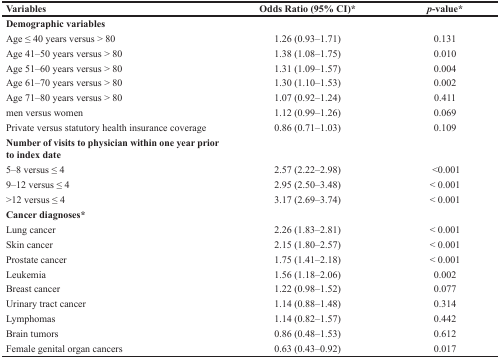
| Variables | Odds Ratio (95% CI)* | p-value* |
 | --- | --- | --- |
 | Demographic variables |  |  |
 | Age ≤ 40 years versus > 80 | 1.26 (0.93–1.71) | 0.131 |
 | Age 41–50 years versus > 80 | 1.38 (1.08–1.75) | 0.010 |
 | Age 51–60 years versus > 80 | 1.31 (1.09–1.57) | 0.004 |
 | Age 61–70 years versus > 80 | 1.30 (1.10–1.53) | 0.002 |
 | Age 71–80 years versus > 80 | 1.07 (0.92–1.24) | 0.411 |
 | men versus women | 1.12 (0.99–1.26) | 0.069 |
 | Private versus statutory health insurance coverage | 0.86 (0.71–1.03) | 0.109 |
 | Number of visits to physician within one year prior to index date |  |  |
 | 5–8 versus ≤ 4 | 2.57 (2.22–2.98) | <0.001 |
 | 9–12 versus ≤ 4 | 2.95 (2.50–3.48) | < 0.001 |
 | >12 versus ≤ 4 | 3.17 (2.69–3.74) | < 0.001 |
 | Cancer diagnoses* |  |  |
 | Lung cancer | 2.26 (1.83–2.81) | < 0.001 |
 | Skin cancer | 2.15 (1.80–2.57) | < 0.001 |
 | Prostate cancer | 1.75 (1.41–2.18) | < 0.001 |
 | Leukemia | 1.56 (1.18–2.06) | 0.002 |
 | Breast cancer | 1.22 (0.98–1.52) | 0.077 |
 | Urinary tract cancer | 1.14 (0.88–1.48) | 0.314 |
 | Lymphomas | 1.14 (0.82–1.57) | 0.442 |
 | Brain tumors | 0.86 (0.48–1.53) | 0.612 |
 | Female genital organ cancers | 0.63 (0.43–0.92) | 0.017 |